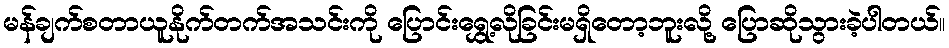
မန်ချက်စတာယူနိုက်တက်အသင်းကို ပြောင်းရွှေ့လိုခြင်းမရှိတော့ဘူးလို့ ပြောဆိုသွားခဲ့ပါတယ်။